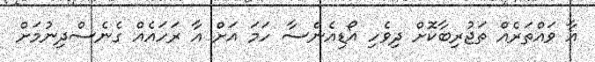
އާ ވައްތަރެއް ތަޖުރިބާކޮށް ދިވެހި އޯޑިއެންސާ ހަމަ އަށް އާ ރަހައެއް ގެނެސްދިނުމަށް